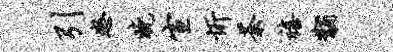
引怒晚宣忻荼禧黼